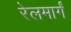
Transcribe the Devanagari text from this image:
रेलमार्गं